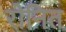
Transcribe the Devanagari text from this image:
रोनित